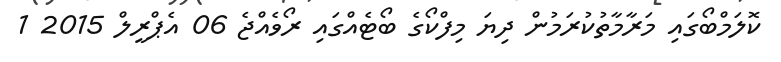
ކޮލަމްބޯގައި މަރާމާތުކުރަމުން ދިޔަ މިފްކޯގެ ބޯޓެއްގައި ރޯވެއްޖެ 06 އެޕްރީލް 2015 1